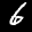
Label: 6